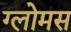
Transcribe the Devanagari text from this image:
ग्लोमस